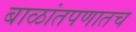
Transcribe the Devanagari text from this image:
बाळांतपणातच